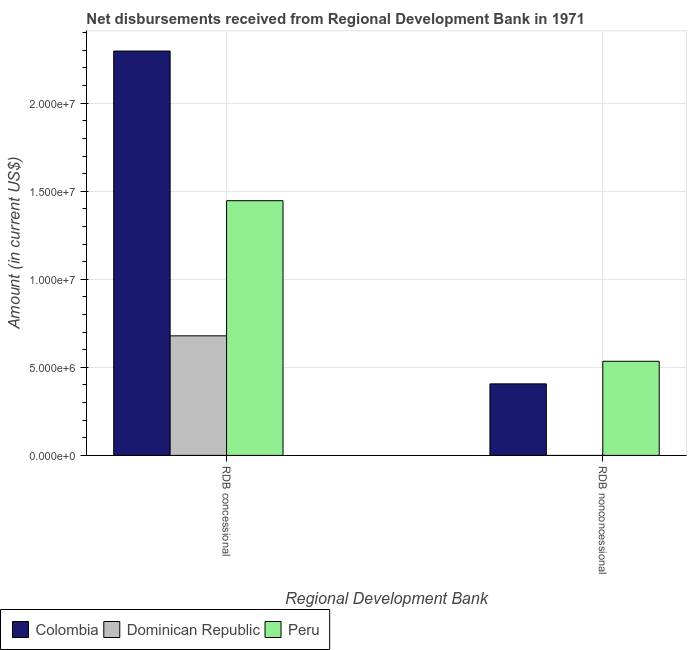
| Regional Development Bank | Colombia | Dominican Republic | Peru |
 | --- | --- | --- | --- |
 | RDB concessional | 2.3e+07 | 6.79e+06 | 1.45e+07 |
 | RDB nonconcessional | 4.06e+06 | -6.01e+05 | 5.34e+06 |